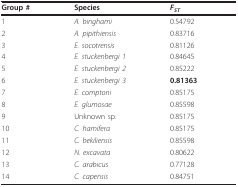
| Group # | Species | FST |
 | --- | --- | --- |
 | 1 | A. binghami | 0.54792 |
 | 2 | A. pipithiensis | 0.83716 |
 | 3 | E. socotrensis | 0.81126 |
 | 4 | E. stuckenbergi 1 | 0.84645 |
 | 5 | E. stuckenbergi 2 | 0.85222 |
 | 6 | E. stuckenbergi 3 | 0.81363 |
 | 7 | E. comptoni | 0.85175 |
 | 8 | E. glumosae | 0.85598 |
 | 9 | Unknown sp. | 0.85175 |
 | 10 | C. hamifera | 0.85175 |
 | 11 | C. bekiliensis | 0.85598 |
 | 12 | N. excavata | 0.80622 |
 | 13 | C. arabicus | 0.77128 |
 | 14 | C. capensis | 0.84751 |